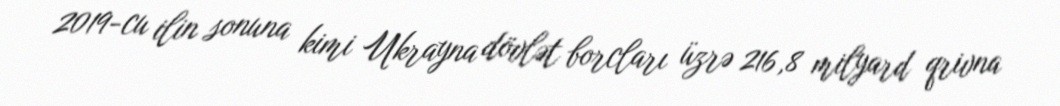
2019-cu ilin sonuna kimi Ukrayna dövlət borcları üzrə 216,8 milyard qrivna